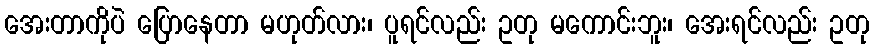
အေးတာကိုပဲ ပြောနေတာ မဟုတ်လား၊ ပူရင်လည်း ဥတု မကောင်းဘူး၊ အေးရင်လည်း ဥတု